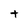
Character: t